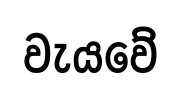
වැයවේ